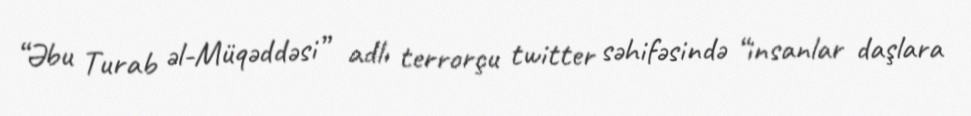
“Əbu Turab əl-Müqəddəsi” adlı terrorçu twitter səhifəsində “insanlar daşlara